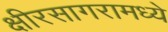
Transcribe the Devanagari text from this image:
क्षीरसागरामध्ये